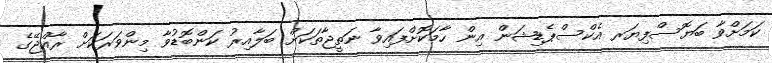
ކަމަށްވާ ބަޔޮސްފިޔަރ އެކްސްޕެޑިޝަން އިން ހާމަކޮށްފައިވާ ނަތީޖާތަކަށް ބަލާއިރު ކަންބޮޑުވާ މިންވަރަކަށް ރާއްޖޭގެ